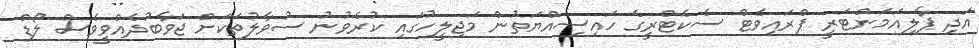
އަދި ޕާލިއަމަންޓަރީ ޕްރައިވެޓް ސެކެޓްރީގެ ހައިސިއްޔަތުން މަޖިލީހުގައި ކުރެވުނު ސުވާލުތަކަށް ޖަވާބުދެއްވީވެސް ލޯޑް